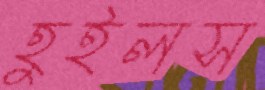
হুইলস